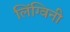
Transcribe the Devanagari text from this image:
लिंग्विनी